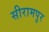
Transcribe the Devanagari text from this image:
सीरामपुर